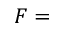
F =